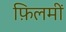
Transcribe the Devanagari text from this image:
फ़िलमीं